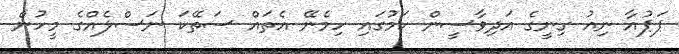
ޕަޕުއާ ނިއު ގިނީގެ އަދިވާސީން ކަމުގައި ހިމެނޭ އެތައް ސަތޭކަ ނަސްލެއްގެ މީހުން